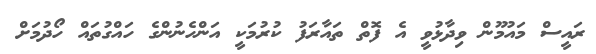
ރައީސް މައުމޫން ވިދާޅުވީ އެ ފޮތް ތައާރަފު ކުރުމަކީ އަންހެނުންގެ ހައްގުތައް ހޯދުމަށް